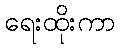
ရေးထိုးကာ